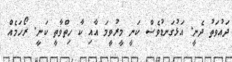
ދައުވަތު ދެނީ. އަޅުގަނޑުވެސް ކަނީ މީރުވީމަ އާއި ކާ ހިތްވާތީ ކަނީ. ރޯހަމެއް